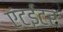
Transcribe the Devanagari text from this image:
एंटईटर